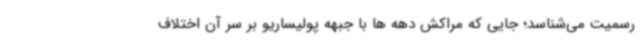
رسمیت می‌شناسد؛ جایی که مراکش دهه ها با جبهه پولیساریو بر سر آن اختلاف